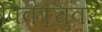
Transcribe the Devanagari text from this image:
पिकाचुवर